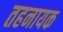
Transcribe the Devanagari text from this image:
तहनायक